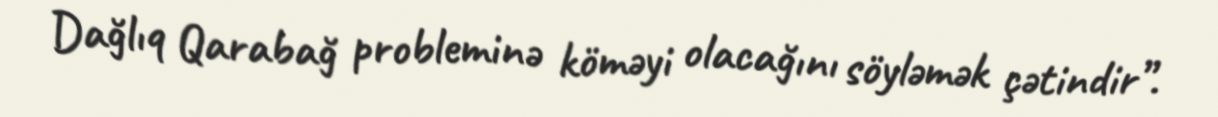
Dağlıq Qarabağ probleminə köməyi olacağını söyləmək çətindir”.